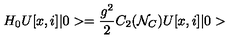
H _ { 0 } U [ x , i ] \vert 0 > = { \frac { g ^ { 2 } } { 2 } } C _ { 2 } ( { \cal N } _ { C } ) U [ x , i ] \vert 0 >